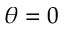
\theta = 0